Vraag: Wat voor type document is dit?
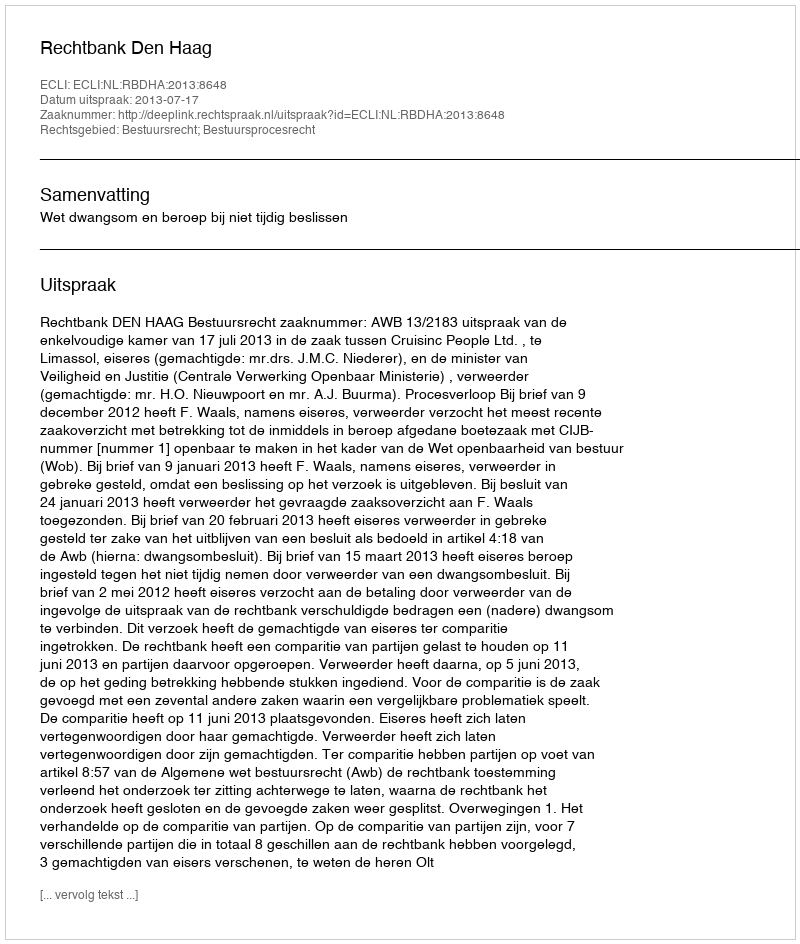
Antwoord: Uitspraak